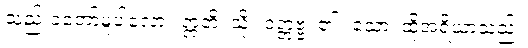
သည်းခံတော်မူပါလော့။ ဣတိ၊ သို့။ ဝတ္တဗ္ဗံ၊ ၏။ သော၊ ထိုအရိယာသည်။